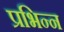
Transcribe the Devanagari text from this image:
प्रभिन्न